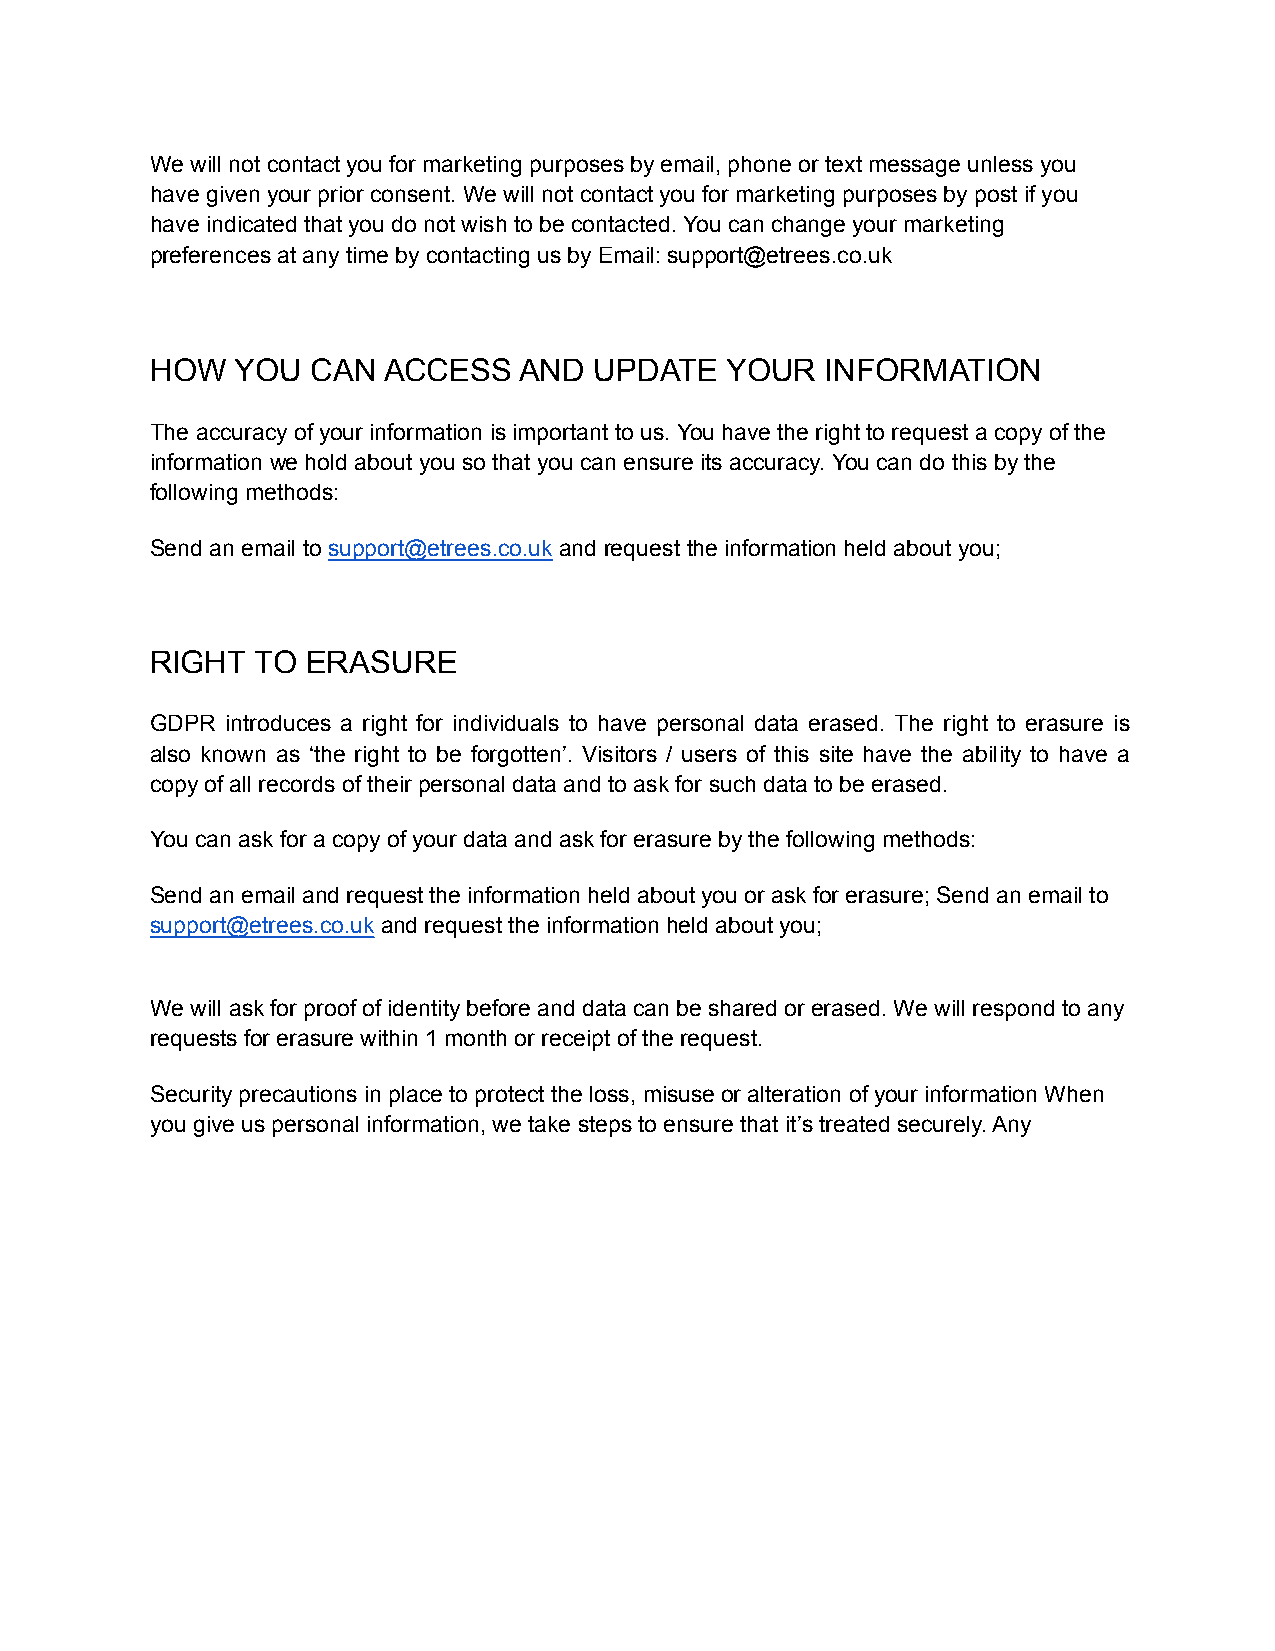
We will not contact you for marketing purposes by email, phone or text message unless you
 have given your prior consent. We will not contact you for marketing purposes by post if you
 have indicated that you do not wish to be contacted. You can change your marketing
 preferences at any time by contacting us by Email: support@etrees.co.uk
 HOW   YOU  CAN ACCESS   AND  UPDATE   YOUR   INFORMATION
 The accuracy of your information is important to us. You have the right to request a copy of the
 information we hold about you so that you can ensure its accuracy. You can do this by the
 following methods:
 Send an email to support@etrees.co.uk and request the information held about you;
 RIGHT  TO ERASURE
 GDPR introduces a right for individuals to have personal data erased. The right to erasure is
 also known as ‘the right to be forgotten’. Visitors / users of this site have the ability to have a
 copy of all records of their personal data and to ask for such data to be erased.
 You can ask for a copy of your data and ask for erasure by the following methods:
 Send an email and request the information held about you or ask for erasure; Send an email to
 support@etrees.co.uk and request the information held about you;
 We will ask for proof of identity before and data can be shared or erased. We will respond to any
 requests for erasure within 1 month or receipt of the request.
 Security precautions in place to protect the loss, misuse or alteration of your information When
 you give us personal information, we take steps to ensure that it’s treated securely. Any